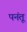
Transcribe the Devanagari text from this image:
पनंतू